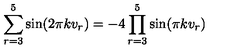
\sum _ { r = 3 } ^ { 5 } \sin ( 2 \pi k v _ { r } ) = - 4 \prod _ { r = 3 } ^ { 5 } \sin ( \pi k v _ { r } )